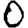
Digit: 0